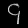
Digit: ၄